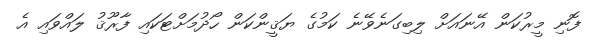
ފޮނި މީރުކަން އޭނައަށް ލިބިގަނެވޭނެ ކަމުގެ ޔަޤީންކަން ހޯދުމަށްޓަކައި ފާރޫޤު ލައްވައި އެ